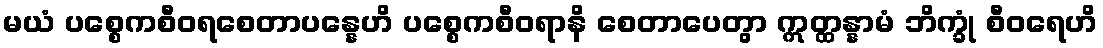
မယံ ပစ္စေကစီဝရစေတာပန္နေဟိ ပစ္စေကစီဝရာနိ စေတာပေတွာ ဣတ္ထန္နာမံ ဘိက္ခုံ စီဝရေဟိ